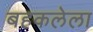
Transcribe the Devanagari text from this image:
बहकलेला